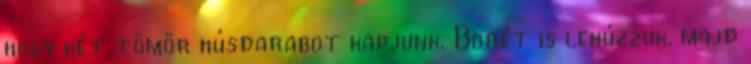
hogy két tömör húsdarabot kapjunk. Bõrét is lehúzzuk, majd